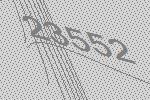
23552